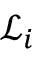
\mathscr { L } _ { i }